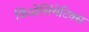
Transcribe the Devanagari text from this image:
जिओसिंथेटिक्स